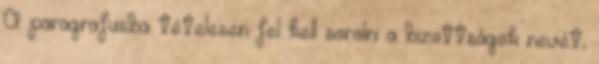
A paragrafusba tételesen fel kell sorolni a bizottságok nevét,